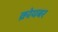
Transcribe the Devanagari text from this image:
क्रोयबर